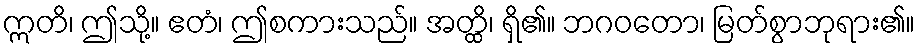
ဣတိ၊ ဤသို့။ ဧတံ၊ ဤစကားသည်။ အတ္ထိ၊ ရှိ၏။ ဘဂဝတော၊ မြတ်စွာဘုရား၏။